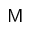
\mathsf { M }